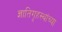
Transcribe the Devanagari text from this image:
ज्ञातिगृहस्थांच्या